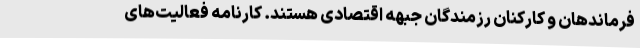
فرماندهان و کارکنان رزمندگان جبهه اقتصادی هستند. کارنامه فعالیت‌های